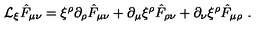
{ \cal L } _ { \xi } \hat { F } _ { \mu \nu } = \xi ^ { \rho } \partial _ { \rho } \hat { F } _ { \mu \nu } + \partial _ { \mu } \xi ^ { \rho } \hat { F } _ { \rho \nu } + \partial _ { \nu } \xi ^ { \rho } \hat { F } _ { \mu \rho } \ .